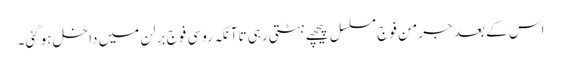
اس کے بعد جرمن فوج مسلسل پیچھے ہٹتی رہی تاآنکہ روسی فوج برلن میں داخل ہوگئی۔